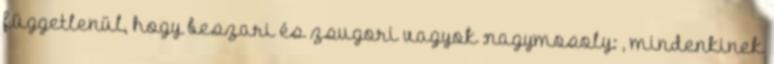
függetlenül, hogy beszari és zsugori vagyok :nagymosoly: , mindenkinek